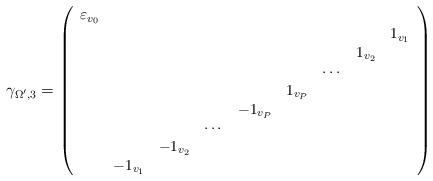
LaTeX: \begin{align*}\gamma_{\Omega',3}={\small \left( \begin{array}{ccccccccc}\varepsilon_{v_0} & & & & & & & & \\ & & & & & & & & 1_{v_1} \\ & & & & & & &1_{v_2} & \\ & & & & & & \cdots& & \\ & & & & & 1_{v_P} & & & \\ & & & &-1_{v_P}& & & & \\ & & & \cdots & & & & & \\ & & -1_{v_2}& & & & & & \\ & -1_{v_1} & & & & & & & \end{array} \right)}\end{align*}